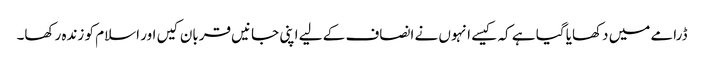
ڈرامے میں دکھایا گیا ہے کہ کیسے انہوں نے انصاف کے لیے اپنی جانیں قربان کیں اور اسلام کو زندہ رکھا۔